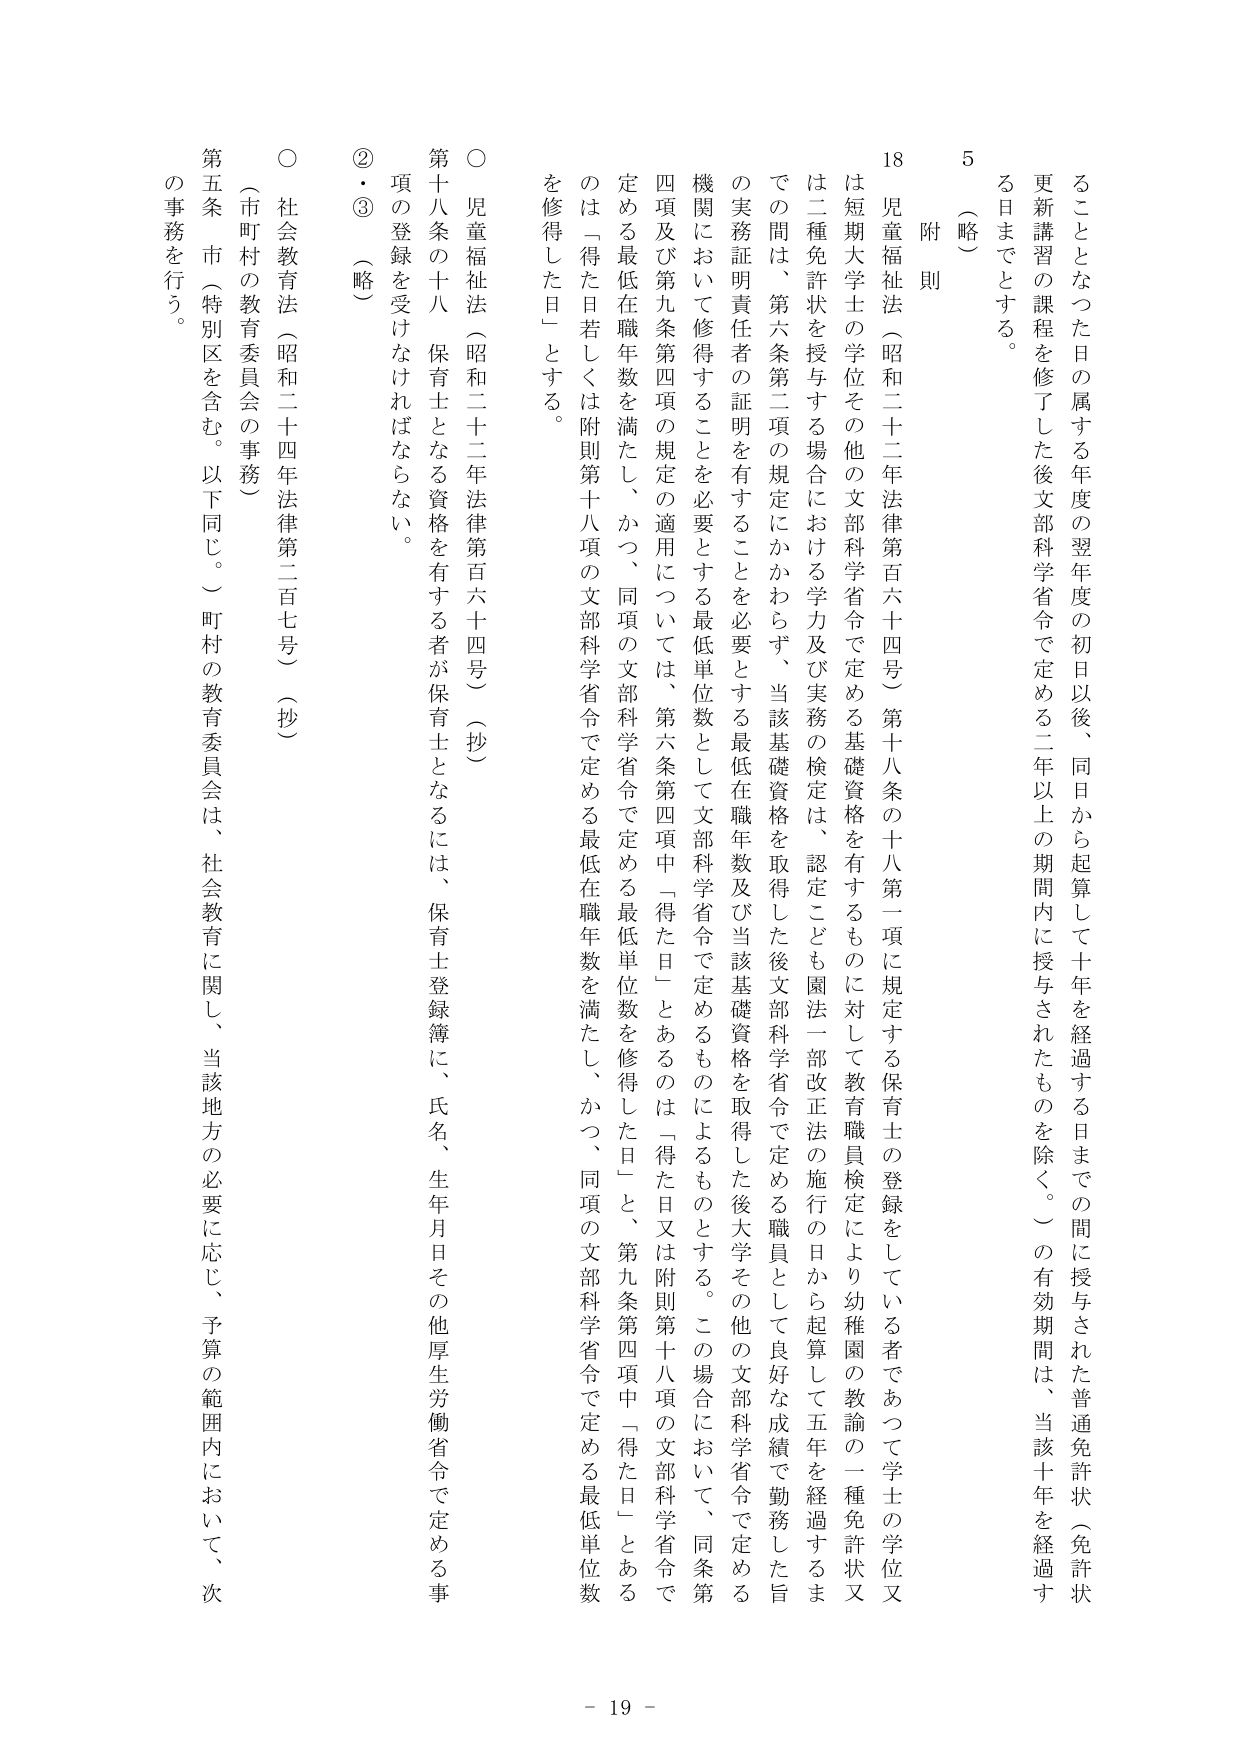
5 （略）
更新講習の課程を修了した後文部科学省令で定める二年以上の期間内に授与されたものを除く。）の有効期間は、当該十年を経過する日までとする。

18 附則
児童福祉法（昭和二十二年法律第百六十四号）第十八条の十八第一項に規定する保育士の登録をしている者であつて学士の学位又は短期大学士の学位その他の文部科学省令で定める基礎資格を有するものに対して教育職員検定により幼稚園の教諭の一種免許状又は二種免許状を授与する場合における学力及び実務の検定は、認定こども園法一部改正法の施行の日から起算して五年を経過するまでの間は、第六条第二項の規定にかかわらず、当該基礎資格を取得した後文部科学省令で定める職員として良好な成績で勤務した旨の実務証明責任者の証明を有することを必要とする最低在職年数及び当該基礎資格を取得した後大学その他の文部科学省令で定める機関において修得することを必要とする最低単位数として文部科学省令で定めるものによるものとする。この場合において、同条第四項及び第九条第四項の規定の適用については、第六条第四項中「得た日」とあるのは「得た日又は附則第十八項の文部科学省令で定める最低在職年数を満たし、かつ、同項の文部科学省令で定める最低単位数を修得した日」と、第九条第四項中「得た日」とあるのは「得た日若しくは附則第十八項の文部科学省令で定める最低在職年数を満たし、かつ、同項の文部科学省令で定める最低単位数を修得した日」とする。

○ 児童福祉法（昭和二十二年法律第百六十四号）（抄）
第十八条の十八 保育士となる資格を有する者が保育士となるには、保育士登録簿に、氏名、生年月日その他厚生労働省令で定める事項の登録を受けなければならない。

②・③ （略）

○ 社会教育法（昭和二十四年法律第二百七号）（抄）
第五条 市（特別区を含む。以下同じ。）町村の教育委員会は、社会教育に関し、当該地方の必要に応じ、予算の範囲内において、次の事務を行う。

- 19 -